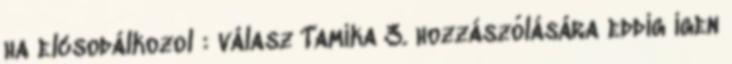
ha elcsodálkozol : válasz Tamika 3. hozzászólására eddig igen